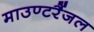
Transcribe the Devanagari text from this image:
माउण्टरैंजल